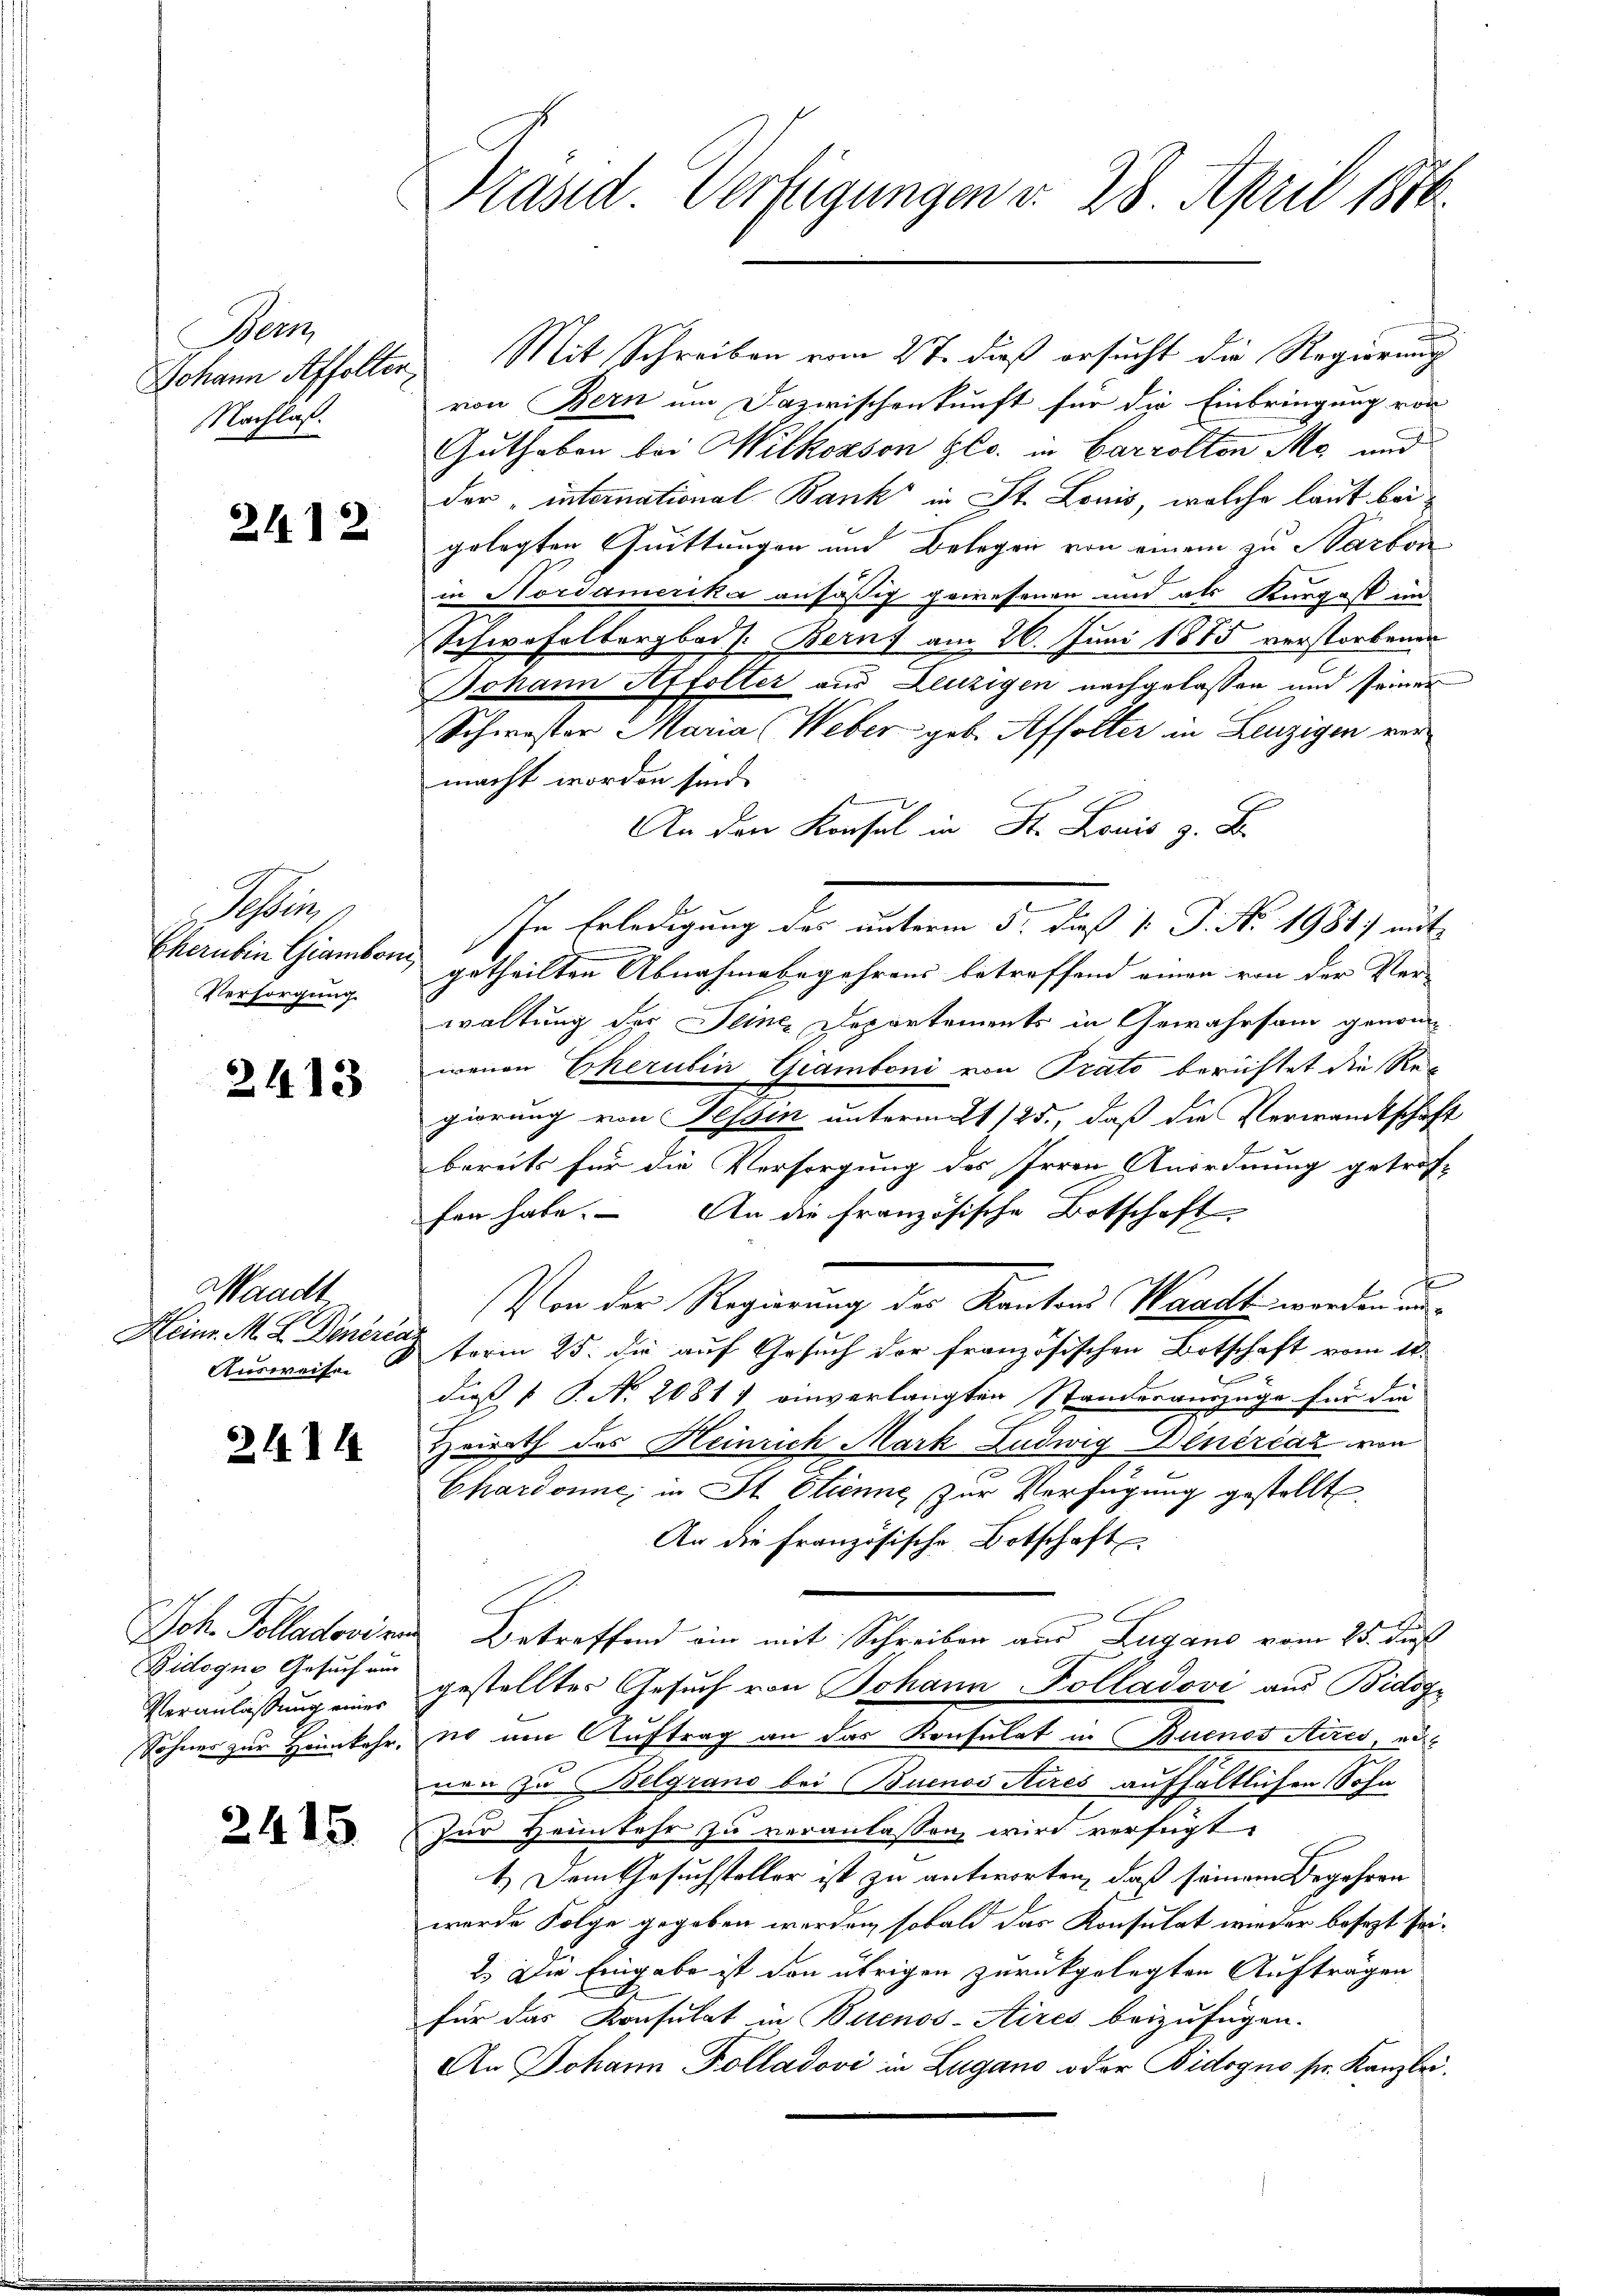
Wern
Nachlaß.

21.12.

Ste
Versorgung.

2613

Waadt
Ausweisen

2.11.10.

Bidogne Gesuch aus

2415

Johann Affolter, Mit Schreiben vom 27. dieß ersucht die Regierung
von Bern um Dazwischenkunft für die Einbringung von
Guthaben bei Wilkosson gl. in Carrolton M. und
der „international- Bank in St. Louis, welche laut beigelegten Quittungen und Belegen von einem zu Sarbon
in Nordamerika ansäßig gewesenen und als Kurgast und
Schwefelbergbad. Berns am 26. Juni 1875 verstorbenen
Johann Affolter aus Leuzigen nachgelassen und seiner
Schwester Maria (Weber geb. Affolter in Leuzigen vermacht worden sind.
Namen
An den Konsul in St. Louis z. B.
In Erledigung der unterm 5. dieß 1. J. No. 1981) aut
Cherubin Giamboni getheilten Abnahmebegehrens betreffend einen von der Verwaltung des Seines Departements in Gewahrsam genom-
wenen Eherubin Giamboni von Prato berichtet die Regierung von Tessin unterm 21/25., daß die Verwandtschaft
bereits für die Versorgung des Irren Anordnung getroffen habe. – An die französische Botschaft
f
Von der Regierung der Kantons Waacht werden un
Heinr. M. D. Dineren term 25. die auf Gesuch der französischen Botschaft vom 18.
25
dieß 1 S. N. 2081) einverlangten Standesauszuge für die
Heirath des Heinrich Mark Ludwig Dluérčaz von
Chardonne; in St. Etienne zur Verfügung gestellt.
An die Französische Botschaft
Joh. Polladoviren Betreffend ein mit Schreiben aus Lugano vom 25. dieß
Veranlaßung eines gestelltes Gesuch von Johann Kolladovi aus Bidozz
Sohnes zur Heimkehr, so um Auftrag an das Konsulat in Buenos Aires, au
nen zu Belgrano bei Buenos Aires aufhaltlichen Sohn
zur Heimkehr zu veranlassen wird verfügt:
1.) Dem Gesuchsteller ist zu antworten, daß seinem Begehren
wurde Folge gegeben werden, sobald das Konsulat wieder besezt sei¬
2.) Die Eingabe ist den übrigen zurückgelegten Aufträgen
für das Konsulat in Buenos-Aires beizufügen.
An Johann Polladovi in Zugano oder Bidogno sr. Kanzlei.

Präsid. Verfügungen v. 28. April 1876.